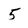
Character: 5